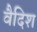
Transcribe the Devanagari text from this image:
वैदिश